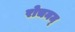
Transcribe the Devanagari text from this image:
रोचनम्